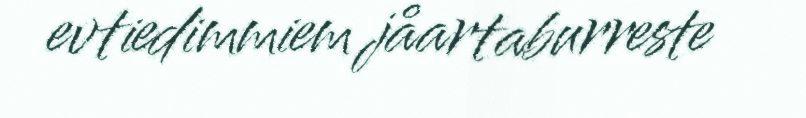
evtiedimmiem jåartaburreste